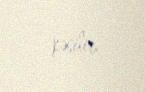
kəsilir.